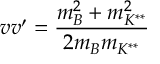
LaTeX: v v ^ { \prime } = \frac { m _ { B } ^ { 2 } + m _ { K ^ { * * } } ^ { 2 } } { 2 m _ { B } m _ { K ^ { * * } } }